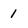
Character: 1